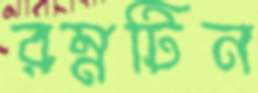
রম্নটিন